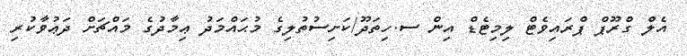
އެލް ގްރޫޕް ޕްރައިވެޓް ލިމިޓެޑް އިން ސ.ހިތަދޫ/ކަށިސުތުލިގެ މުޙައްމަދު ޢިމާދުގެ މައްޗަށް ދަޢުވާކުރި